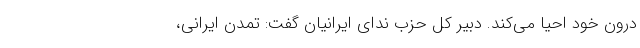
درون خود احیا می‌کند. دبیر کل حزب ندای ایرانیان گفت: تمدن ایرانی،